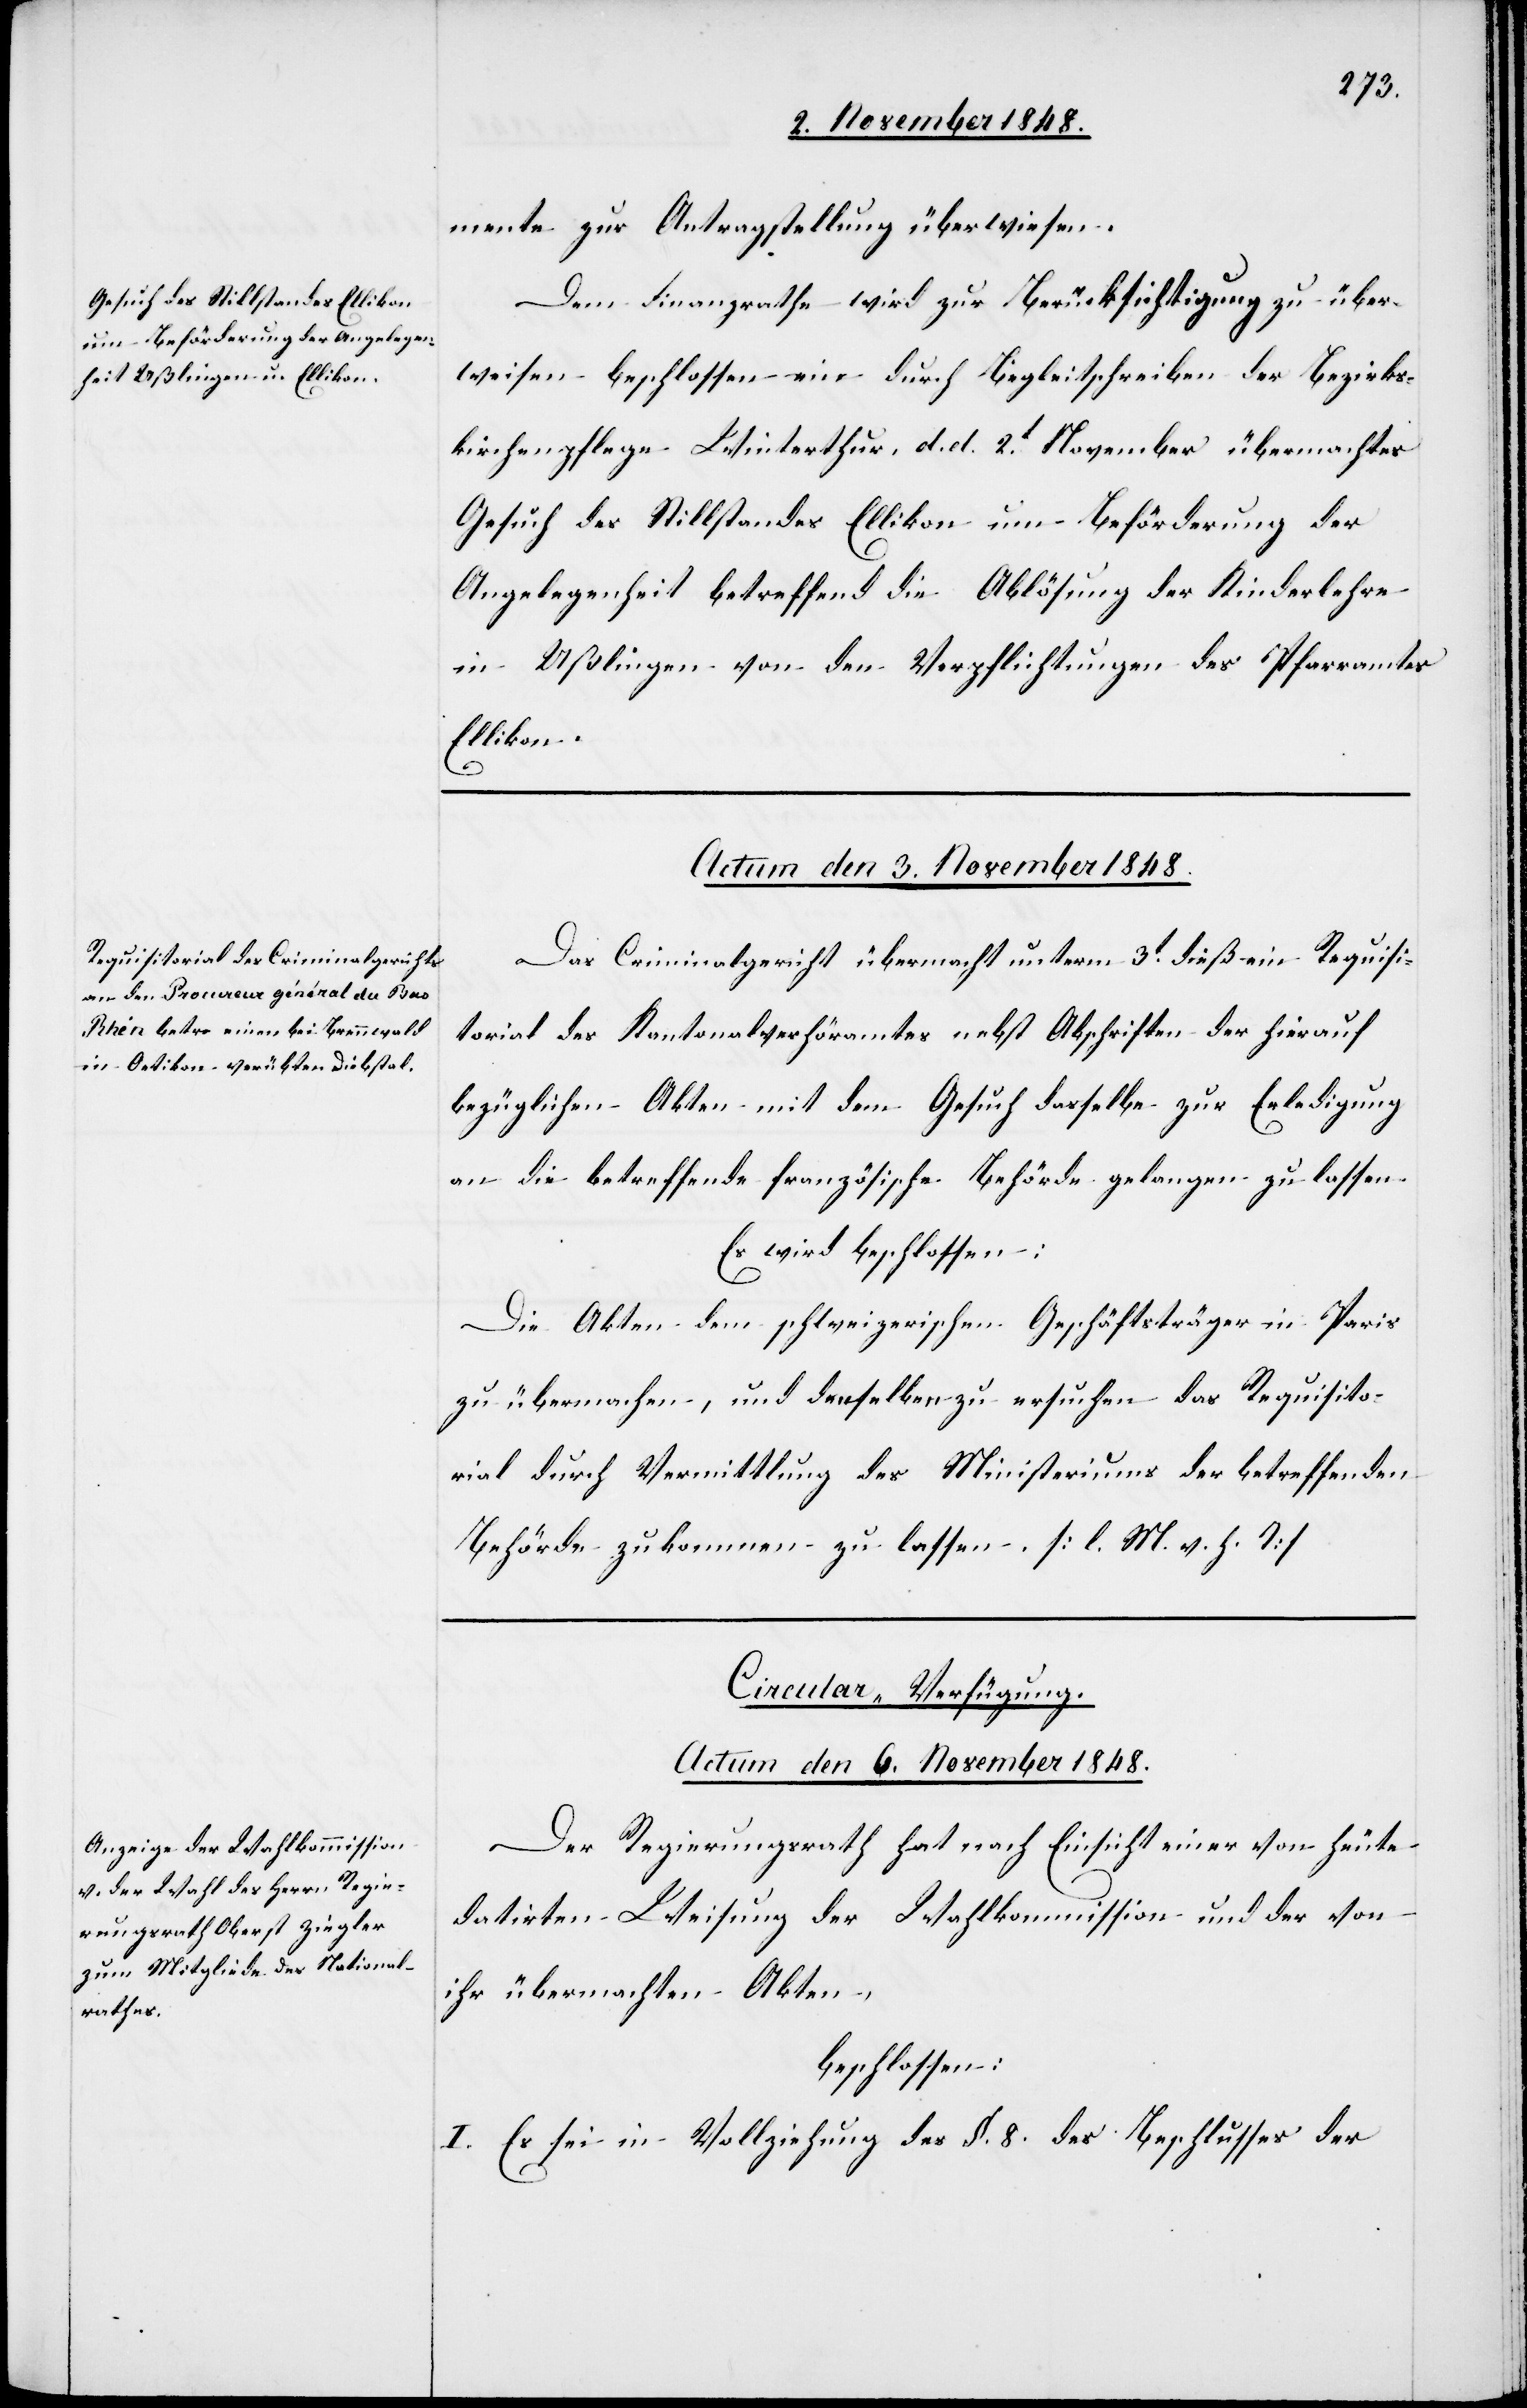
mente zur Antragstellung überwiesen.
Dem Finanzrathe wird zur Berücksichtigung zu über¬
weisen beschlossen ein durch Begleitschreiben der Bezirks¬
kirchenpflege Winterthur, d. d. 2t November übermachtes
Gesuch des Stillstandes Ellikon um Beförderung der
Angelegenheit betreffend die Ablösung der Kinderlehre
in Ußlingen von den Verpflichtungen des Pfarramtes
Ellikon.
n.]
Actum den 3. November 1848.
Das Ciminalgericht übermacht unterm 3t dieß ein Requisi¬
torial des Kantonalverhöramtes nebst Abschriften der hierauf
bezüglichen Akten mit dem Gesuch dasselbe zur Erledigung
an die betreffende französische Behörde gelangen zu lassen
Es wird beschlossen:
Die Akten dem schweizerischen Geschäftsträger in Paris
zu übermachen, und denselben zu ersuchen das Requisito¬
rial durch Vermittlung des Ministeriums der betreffenden
Behörde zukommen zu lassen. [l. M. v. h. T]
Circular-Verfügung.
Actum den 6. November 1848.
Der Regierungsrath hat nach Einsicht einer von heute
datirten Weisung der Wahlkommission und der von
ihr übermachten Akten,
beschlossen:
I. Es sei in Vollziehung des §. 8. des Beschlusses der